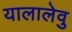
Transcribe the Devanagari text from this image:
यालालेवु